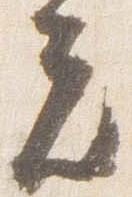
夫